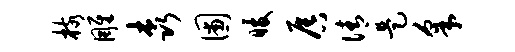
核雕森圃暖唇倩是采